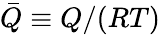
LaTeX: \bar{Q}\equiv Q/(R{T})